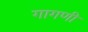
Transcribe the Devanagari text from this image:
गागणी